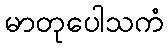
မာတုပေါသကံ